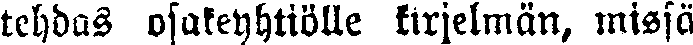
tehdas osakeyhtiölle kirjelmän, missä